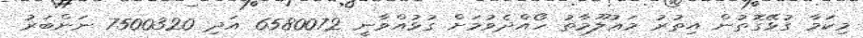
މިކަމާ ގުޅޭގޮތުން އިތުރު މަޢުލޫމާތު ހޯއްދެވުމަށް ގުޅުއްވާނީ 6580072 އަދި 7500320 ނަންބަރު